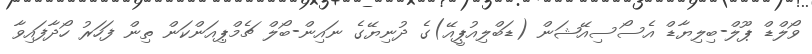
ވޯލްޑް ޕޫލް-ބިލިޔާޑް އެސޯސިއޭޝަން (ޑަބްލިއުޕީއޭ)ގެ ދުނިޔޭގެ ނައިން-ބޯލް ޗެމްޕިއަންކަން ތިން ފަހަރު ހޯދާފައިވާ